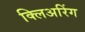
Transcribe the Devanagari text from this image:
क्लिअरिंग